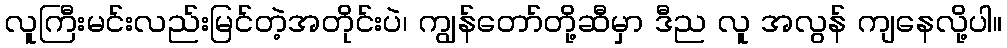
လူကြီးမင်းလည်းမြင်တဲ့အတိုင်းပဲ၊ ကျွန်တော်တို့ဆီမှာ ဒီည လူ အလွန် ကျနေလို့ပါ။